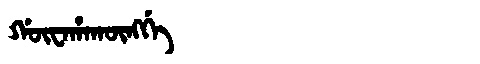
Manchu: ᡤᡡᠸᠠᡥᠠᡴᡡᠩᡤᡝ
Romanization: GŪWAHAKŪNGGE